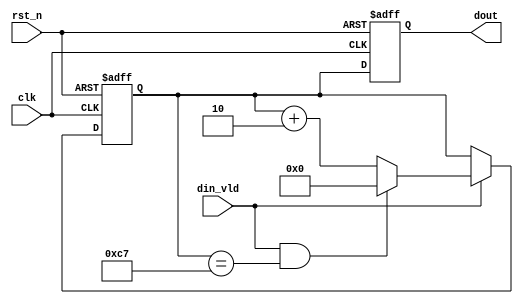
module add_5(
    clk    ,
    rst_n  ,
    din_vld,
   // dout_vld,
    //,dout
    dout
    );

    //
    parameter      DATA_W =         8;

    //
    input               clk    ;
    input               rst_n  ;
    input               din_vld;

    //
  //  output              dout_vld;
    output[DATA_W-1:0]  dout   ;

    //reg
    reg   [DATA_W-1:0]  dout   ;

 //   reg                 dout_vld;

    reg   [DATA_W-1:0]  cnt   ;
    wire                add_cnt,end_cnt;


    always @(posedge clk or negedge rst_n)begin
        if(!rst_n)begin
            cnt <= 0;
        end
        else if(add_cnt)begin
            if(end_cnt)
                cnt <= 0;
            else
                cnt <= cnt + 2;
        end
    end

    assign add_cnt =din_vld ;       
    assign end_cnt = add_cnt && cnt==200-1 ; 

    always  @(posedge clk or negedge rst_n)begin
        if(rst_n==1'b0)begin
            dout<=0;
        end
        else begin
            dout<=cnt;
        end
    end

    endmodule